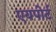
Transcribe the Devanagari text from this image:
एयपोर्ट